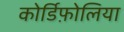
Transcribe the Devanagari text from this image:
कोर्डिफ़ोलिया